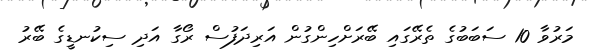
މަރުވާ 10 ސަބަބުގެ ތެރޭގައި ބޭރަށްހިންގުން އަރިދަފުސް ރޯގާ އަދި ސިކުނޑީގެ ބޭރު